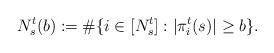
LaTeX: \begin{align*}N^t_s(b) := \# \{ i \in [N^t_s] : |\pi_i^t(s)| \geq b \}. \end{align*}